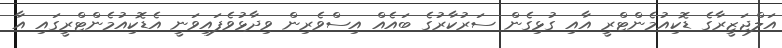
އަލްޖަޒީރާގެ ޑޮކިއުމެންޓްރީ އާއި ގުޅިގެން ސަރުކާރުގެ ބައެއް އިސްވެރިން ވިދާޅުވެފައިވަނީ އެޑޮކިއުމެންޓްރީގައި އާ